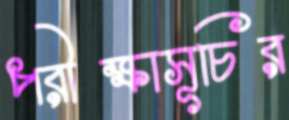
পরীক্ষাসূচির